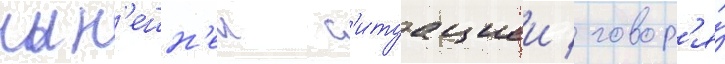
нын'ешн'еи с'итуациеи / говор'я́